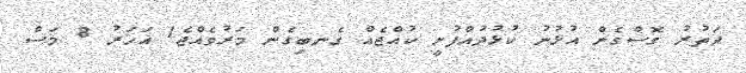
ދަތުރު ގޮސްގެން އުޅުނު ކުޅުދުއްފުށީ ކުއްޖެއް ގެނބިގެން މަރުވެއްޖެ1 އަހަރު 8 މަސް